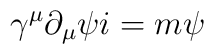
\gamma^{\mu} \partial_{\mu} \psi i = m \psi